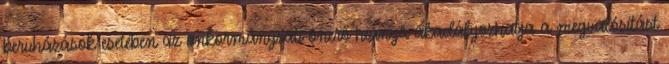
beruházások esetében az önkormányzati önerő hiánya akadályozhatja a megvalósítást